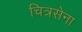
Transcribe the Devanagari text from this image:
चित्रसेना